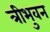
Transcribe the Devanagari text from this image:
त्रीभुवन